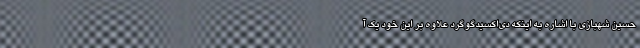
حسین شهبازی با اشاره به اینکه دی‌اکسیدگوگرد علاوه بر این خود یک آ